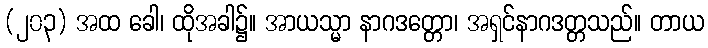
(၂၀၃) အထ ခေါ၊ ထိုအခါ၌။ အာယသ္မာ နာဂဒတ္တော၊ အရှင်နာဂဒတ္တသည်။ တာယ